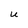
Character: U